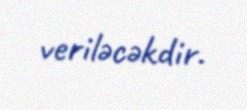
veriləcəkdir.